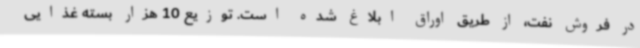
در فروش نفت، از طریق اوراق ابلاغ شده است. توزیع 10 هزار بسته غذایی